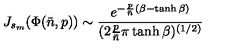
J _ { s _ { m } } ( \Phi ( { \bar { n } } , p ) ) \sim { \frac { e ^ { - { \frac { p } { \bar { n } } } ( \beta - \tanh \beta ) } } { ( 2 { \frac { p } { \bar { n } } } \pi \tanh \beta ) ^ { ( 1 / 2 ) } } }